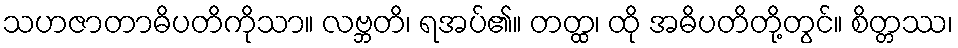
သဟဇာတာဓိပတိကိုသာ။ လဗ္ဘတိ၊ ရအပ်၏။ တတ္ထ၊ ထို အဓိပတိတို့တွင်။ စိတ္တဿ၊